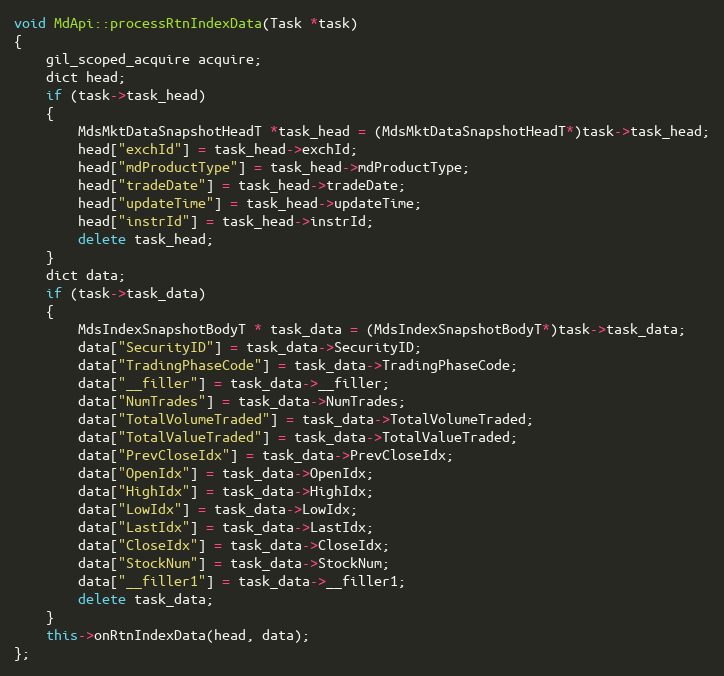
Language: C++
void MdApi::processRtnIndexData(Task *task)
{
	gil_scoped_acquire acquire;
	dict head;
	if (task->task_head)
	{
		MdsMktDataSnapshotHeadT *task_head = (MdsMktDataSnapshotHeadT*)task->task_head;
		head["exchId"] = task_head->exchId;
		head["mdProductType"] = task_head->mdProductType;
		head["tradeDate"] = task_head->tradeDate;
		head["updateTime"] = task_head->updateTime;
		head["instrId"] = task_head->instrId;
		delete task_head;
	}
	dict data;
	if (task->task_data)
	{
		MdsIndexSnapshotBodyT * task_data = (MdsIndexSnapshotBodyT*)task->task_data;
		data["SecurityID"] = task_data->SecurityID;
		data["TradingPhaseCode"] = task_data->TradingPhaseCode;
		data["__filler"] = task_data->__filler;
		data["NumTrades"] = task_data->NumTrades;
		data["TotalVolumeTraded"] = task_data->TotalVolumeTraded;
		data["TotalValueTraded"] = task_data->TotalValueTraded;
		data["PrevCloseIdx"] = task_data->PrevCloseIdx;
		data["OpenIdx"] = task_data->OpenIdx;
		data["HighIdx"] = task_data->HighIdx;
		data["LowIdx"] = task_data->LowIdx;
		data["LastIdx"] = task_data->LastIdx;
		data["CloseIdx"] = task_data->CloseIdx;
		data["StockNum"] = task_data->StockNum;
		data["__filler1"] = task_data->__filler1;
		delete task_data;
	}
	this->onRtnIndexData(head, data);
};